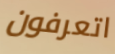
اتعرفون